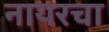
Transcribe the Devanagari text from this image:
नायरचा